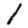
Digit: 1